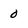
Character: 0